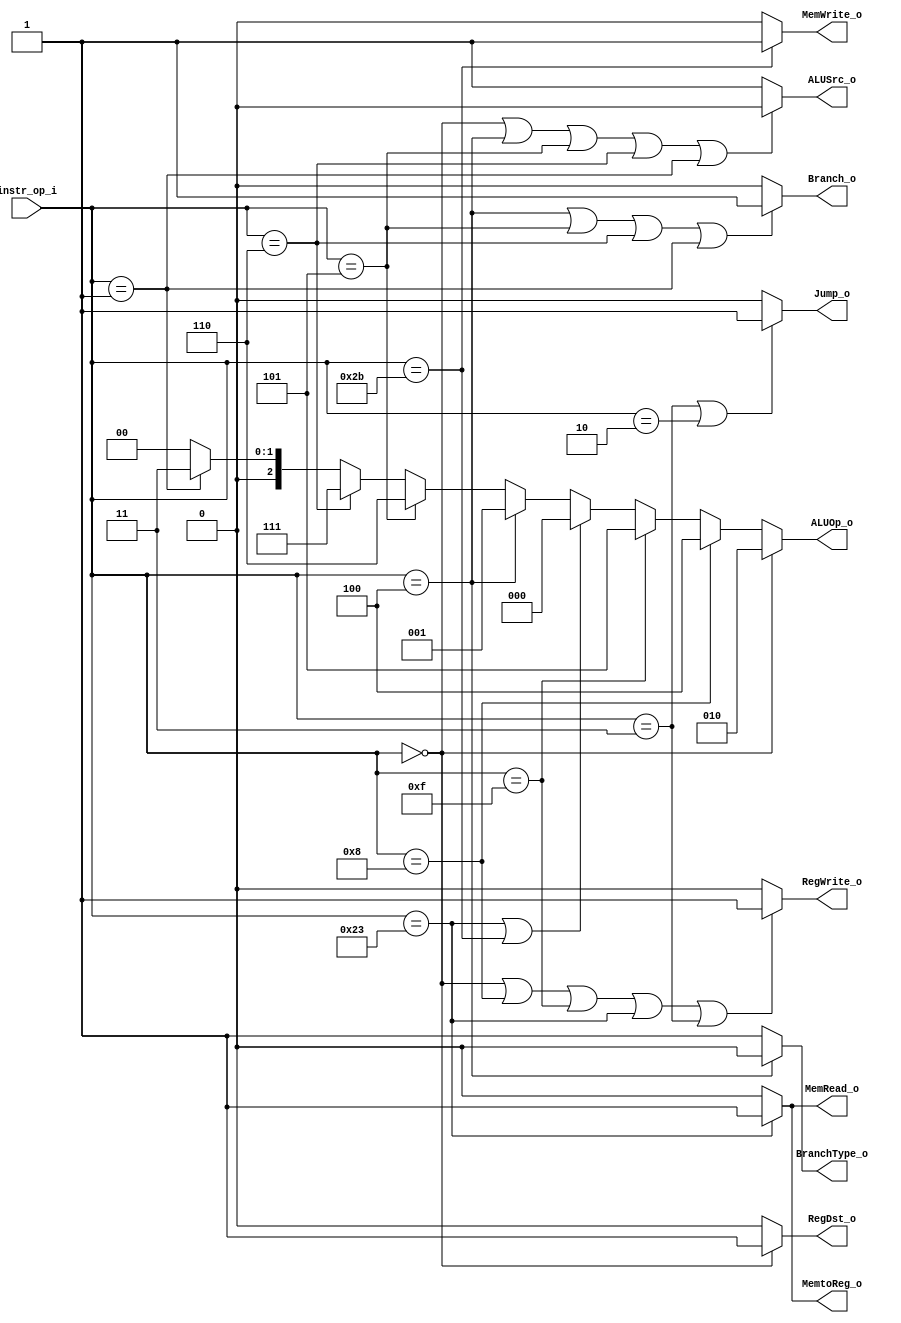
module Decoder( instr_op_i, RegWrite_o,	ALUOp_o, ALUSrc_o, RegDst_o, Branch_o, BranchType_o, Jump_o, MemRead_o, MemWrite_o, MemtoReg_o);
     
//I/O ports
input	[6-1:0] instr_op_i;

output			RegWrite_o;
output	[3-1:0] ALUOp_o;
output			ALUSrc_o;
output			RegDst_o;
output 			Branch_o;
output			BranchType_o;
output 			Jump_o;
output			MemRead_o;
output 			MemWrite_o;
output			MemtoReg_o;
 
//Internal Signals
wire	[3-1:0] ALUOp_o;
wire			ALUSrc_o;
wire			RegWrite_o;
wire			RegDst_o;
wire 			Branch_o;
wire			BranchType_o;
wire 			Jump_o;
wire			MemRead_o;
wire 			MemWrite_o;
wire			MemtoReg_o;

//Main function
/*your code here*/
assign RegWrite_o = (instr_op_i == 6'd0 || instr_op_i == 6'd8 || instr_op_i == 6'd15 || instr_op_i == 6'b100011 || instr_op_i == 6'b000011)? 1: 0;  //Rtype, ADDI, LUI, lw, Jal                                   
assign ALUOp_o = (instr_op_i == 6'd0)? 3'b010:  //Rtype
				 (instr_op_i == 6'd8)? 3'b100:	//addi
				 (instr_op_i == 6'd15)? 3'b101: 
				 (instr_op_i == 6'b100011 || instr_op_i == 6'b101011)? 3'b000:  //lw sw
				 (instr_op_i == 6'b000100)? 3'b001: //beq
				 (instr_op_i == 6'b000101)? 3'b110: //bne
				 (instr_op_i == 6'b000110)? 3'b111: //blt
				 (instr_op_i == 6'b000001)? 3'b011: //bgez
										3'b000;
assign ALUSrc_o = (instr_op_i == 6'd0 || instr_op_i == 6'b000100 || instr_op_i == 6'b000101 || instr_op_i == 6'b000110 || instr_op_i == 6'b000001)? 0: 1;
assign RegDst_o = (instr_op_i == 6'd0)? 1: 0;
assign Branch_o = (instr_op_i == 6'b000100 || instr_op_i == 6'b000101 || instr_op_i == 6'b000110 || instr_op_i == 6'b000001)? 1 : 0; //beq, bgez, blt, bne
assign BranchType_o = (instr_op_i == 6'b000100)? 0 :	//beq
												 1 ;	//bne

assign Jump_o = (instr_op_i == 6'b000011 || instr_op_i == 6'b000010)? 1 : 0; //jump, jal
assign MemRead_o = (instr_op_i == 6'b100011)? 1:0; //lw
assign MemWrite_o = (instr_op_i == 6'b101011)? 1:0; //sw
assign MemtoReg_o = (instr_op_i == 6'b100011)? 1:0; //lw 
endmodule